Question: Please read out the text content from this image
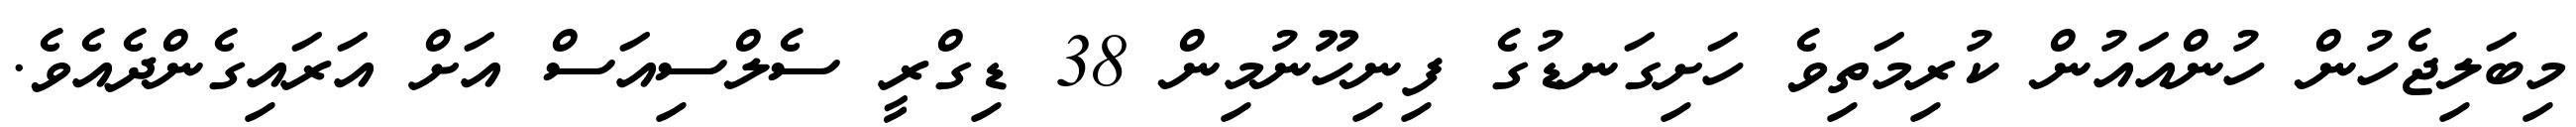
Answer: މިބަލިޖެހުން ހުންއައުން ކުރިމަތިވެ ހަށިގަނޑުގެ ފިނިހޫނުމިން 38 ޑިގްރީ ސެލްސިއަސް އަށް އަރައިގެންދެއެވެ.